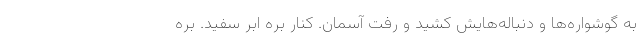
به گوشواره‌ها و دنباله‌هایش کشید و رفت آسمان. کنار بره ابر سفید. بره